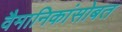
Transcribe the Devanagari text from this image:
वैमानिकांसोबत